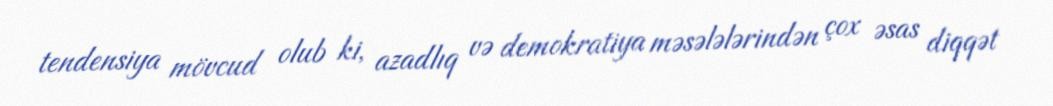
tendensiya mövcud olub ki, azadlıq və demokratiya məsələlərindən çox əsas diqqət